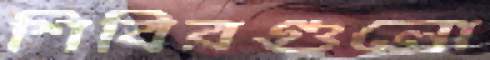
শিবিরগুলো